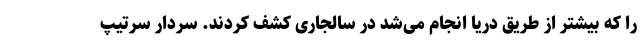
را که بیشتر از طریق دریا انجام می‌شد در سالجاری کشف کردند. سردار سرتیپ